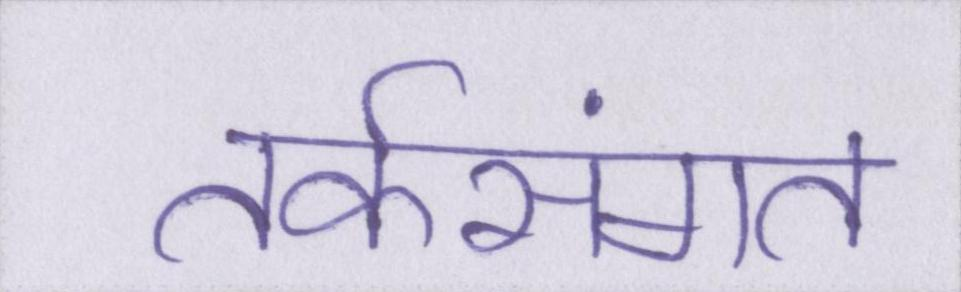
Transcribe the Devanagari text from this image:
तर्कसंगत